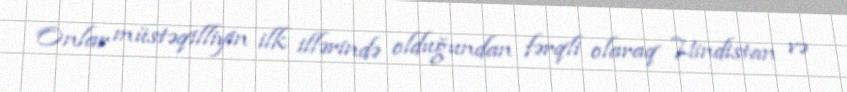
Onlar müstəqilliyin ilk illərində olduğundan fərqli olaraq Hindistan və